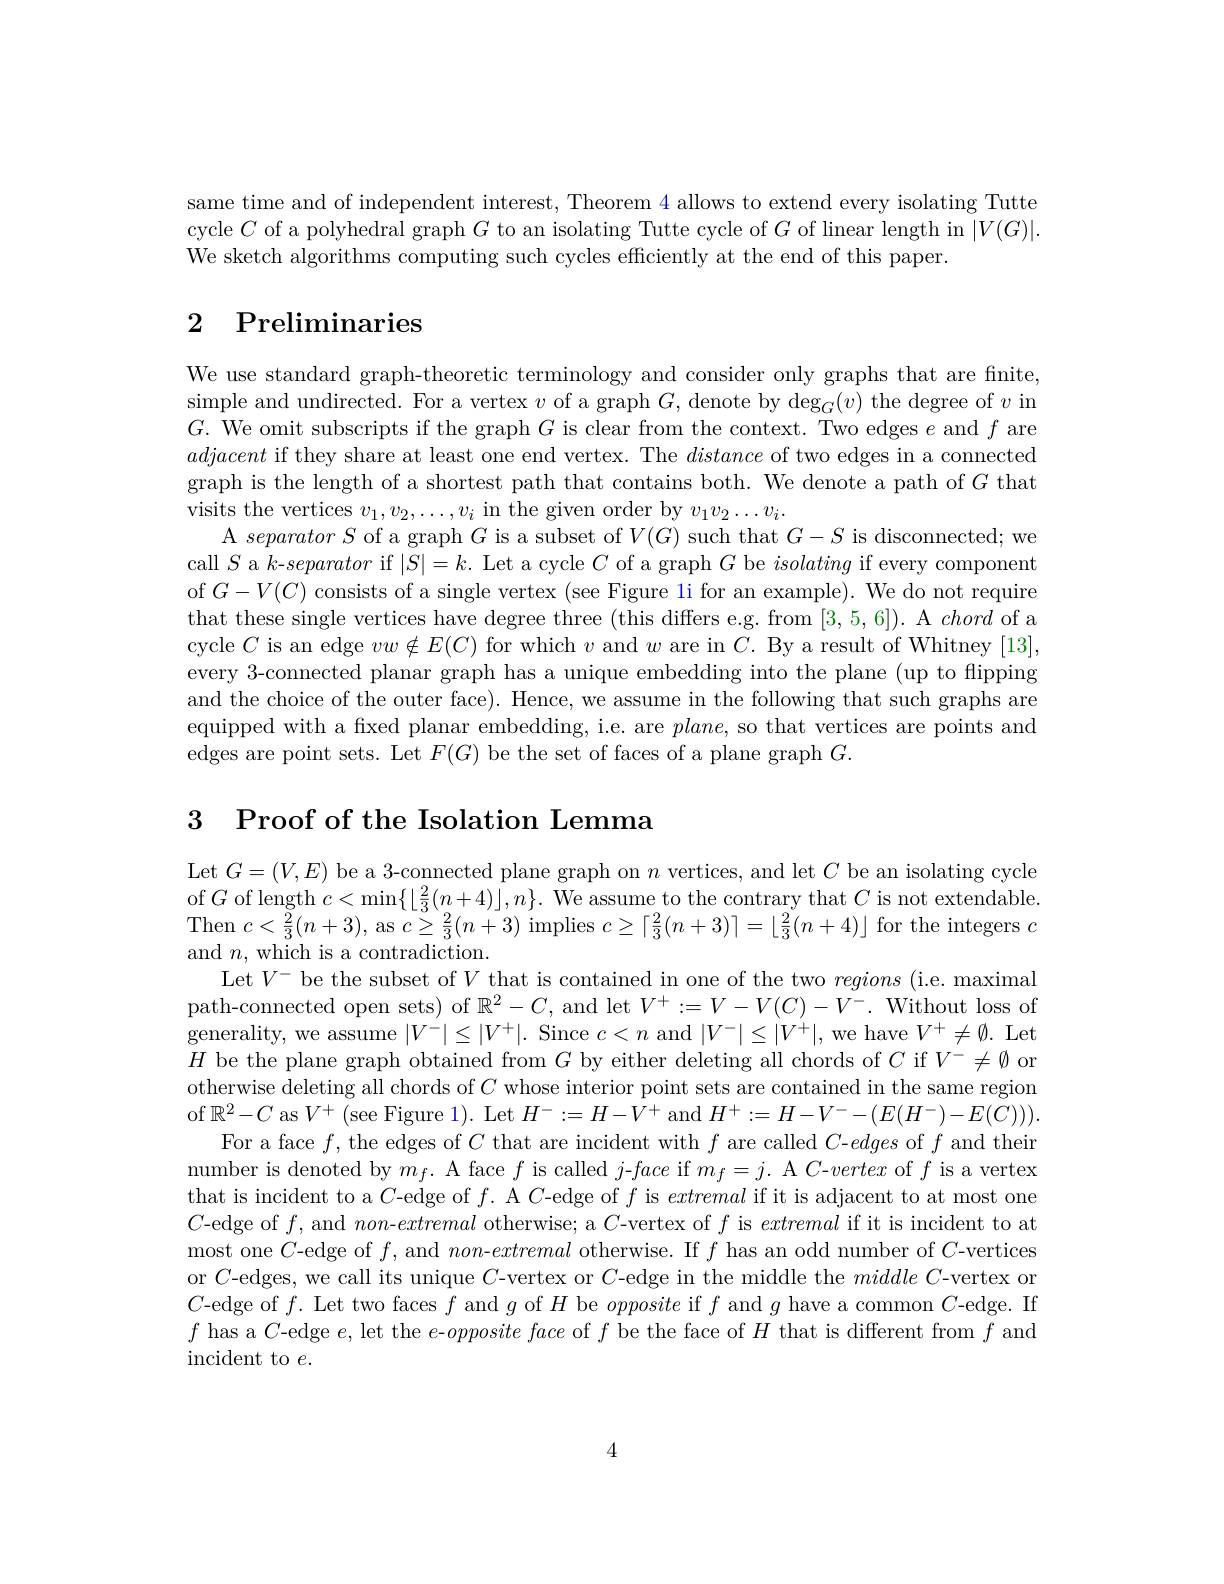
same time and of independent interest, Theorem 4 allows to extend every isolating Tutte cycle $C$ of a polyhedral graph $G$ to an isolating Tutte cycle of $G$ of linear length in $|V(G)|.$ We sketch algorithms computing such cycles efficiently at the end of this paper.

# 2 Preliminaries

We use standard graph-theoretic terminology and consider only graphs that are finite, simple and undirected. For a vertex $v$ of a graph $G$,denote by deg$_G(v)$ the degree of $v$ in $G.$ We omit subscripts if the graph $G$ is clear from the context. Two edges $e$ and $f$ are adjacent if they share at least one end vertex. The distance of two edges in a connected graph is the length of a shortest path that contains both. We denote a path of $G$ that visits the vertices $v_1,v_2,\ldots,v_i$ in the given order by $v_1v_2\ldots v_i.$
A separatorS of a graph $G$ is a subset of $V(G)$ such that $G-S$ is disconnected; we call $S$ a $k$-separator if $|S|=k.$ Let a cycle $C$ of a graph $G$ be isolating if every component of $G-V(C)$ consists of a single vertex (see Figure li for an example). We do not require that these single vertices have degree three (this differs e.g. from [3,5,6]). A chord of a cycle $C$ is an edge $vw\notin E(C)$ for which $v$ and $w$ are in $C.$ By a result of Whitney [13], every 3-connected planar graph has a unique embedding into the plane (up to flipping and the choice of the outer face). Hence, we assume in the following that such graphs are equipped with a fixed planar embedding, i.e. are $plane$, so that vertices are points and edges are point sets. Let $F(G)$ be the set of faces of a plane graph $G.$

3 Proof of the Isolation Lemma

Let $G=(V,E)$ be a 3-connected plane graph on $n$ vertices, and let $C$ be an isolating cycle of$G$ of length $c<\operatorname*{min}\{\left\lfloor\frac23(n+4)\right\rfloor,n\}.$ We assume to the contrary that $C$ is not extendable. Then $c<\frac{2}{3}(n+3)$, as $c\geq\frac{2}{3}(n+3)$ implies $c\geq\lceil\frac{2}{3}(n+3)\rceil=\lfloor\frac{2}{3}(n+4)\rfloor$ for the integers $c$ and $n$,which is a contradiction.
Let $V^{-}$ be the subset of $V$ that is contained in one of the two regions (i.e. maximal path-connected open sets) of $\mathbb{R}^2-C$, and let $V^+:=V-V(C)-V^-.$ Without loss of generality, we assume $|V^-|\leq|V^+|.$ Since $c<n$ and $|V^-|\leq|V^+|$, we have $V^+\neq\emptyset.$ Let $H$ be the plane graph obtained from $G$ by either deleting all chords of $C$ if $V^-\neq\emptyset$ or otherwise deleting all chords of $C$ whose interior point sets are contained in the same region of $\mathbb{R}^2-C$ as $V^+$ (see Figure 1). Let $H^-:=H-V^+$ and $H^+:=H-V^--(E(H^-)-E(C))).$
For a face $f$, the edges of $C$ that are incident with $f$ are called $C$-edges of $f$ and their number is denoted by $m_f.$ A face $f$ is called $j$-face if $m_f=j.$ A $C\textit{- vertex of }f$ is a vertex that is incident to a $C$-edge of $f.$ A $C$-edge of $f$ is extremal if it is adjacent to at most one $C$-edge of $f$,and non-extremal otherwise; a $C$-vertex of $f$ is extremal if it is incident to at most one $C$-edge of $f$, and non-extremal otherwise. If $f$ has an odd number of $C$-vertices or $C$-edges, we call its unique $C$-vertex or $C$-edge in the middle the $middle\textit{C- vertex or}$ $C$-edge of $f.$ Let two faces $f$ and $g$ of $H$ be opposite if $f$ and $g$ have a common $C$-edge. If $f$ has a $C$-edge $e$,let the $e$-$opposite\textit{face of f be the face of }H$ that is different from $f$ and incident to $e.$

4